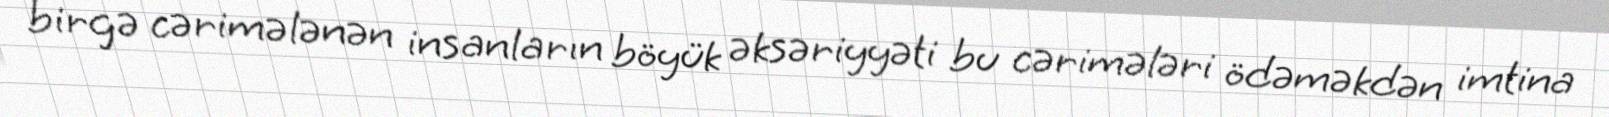
birgə cərimələnən insanların böyük əksəriyyəti bu cərimələri ödəməkdən imtina